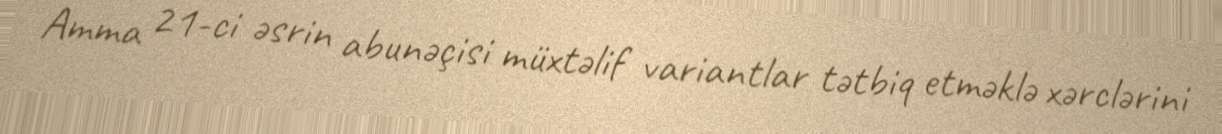
Amma 21-ci əsrin abunəçisi müxtəlif variantlar tətbiq etməklə xərclərini